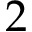
2